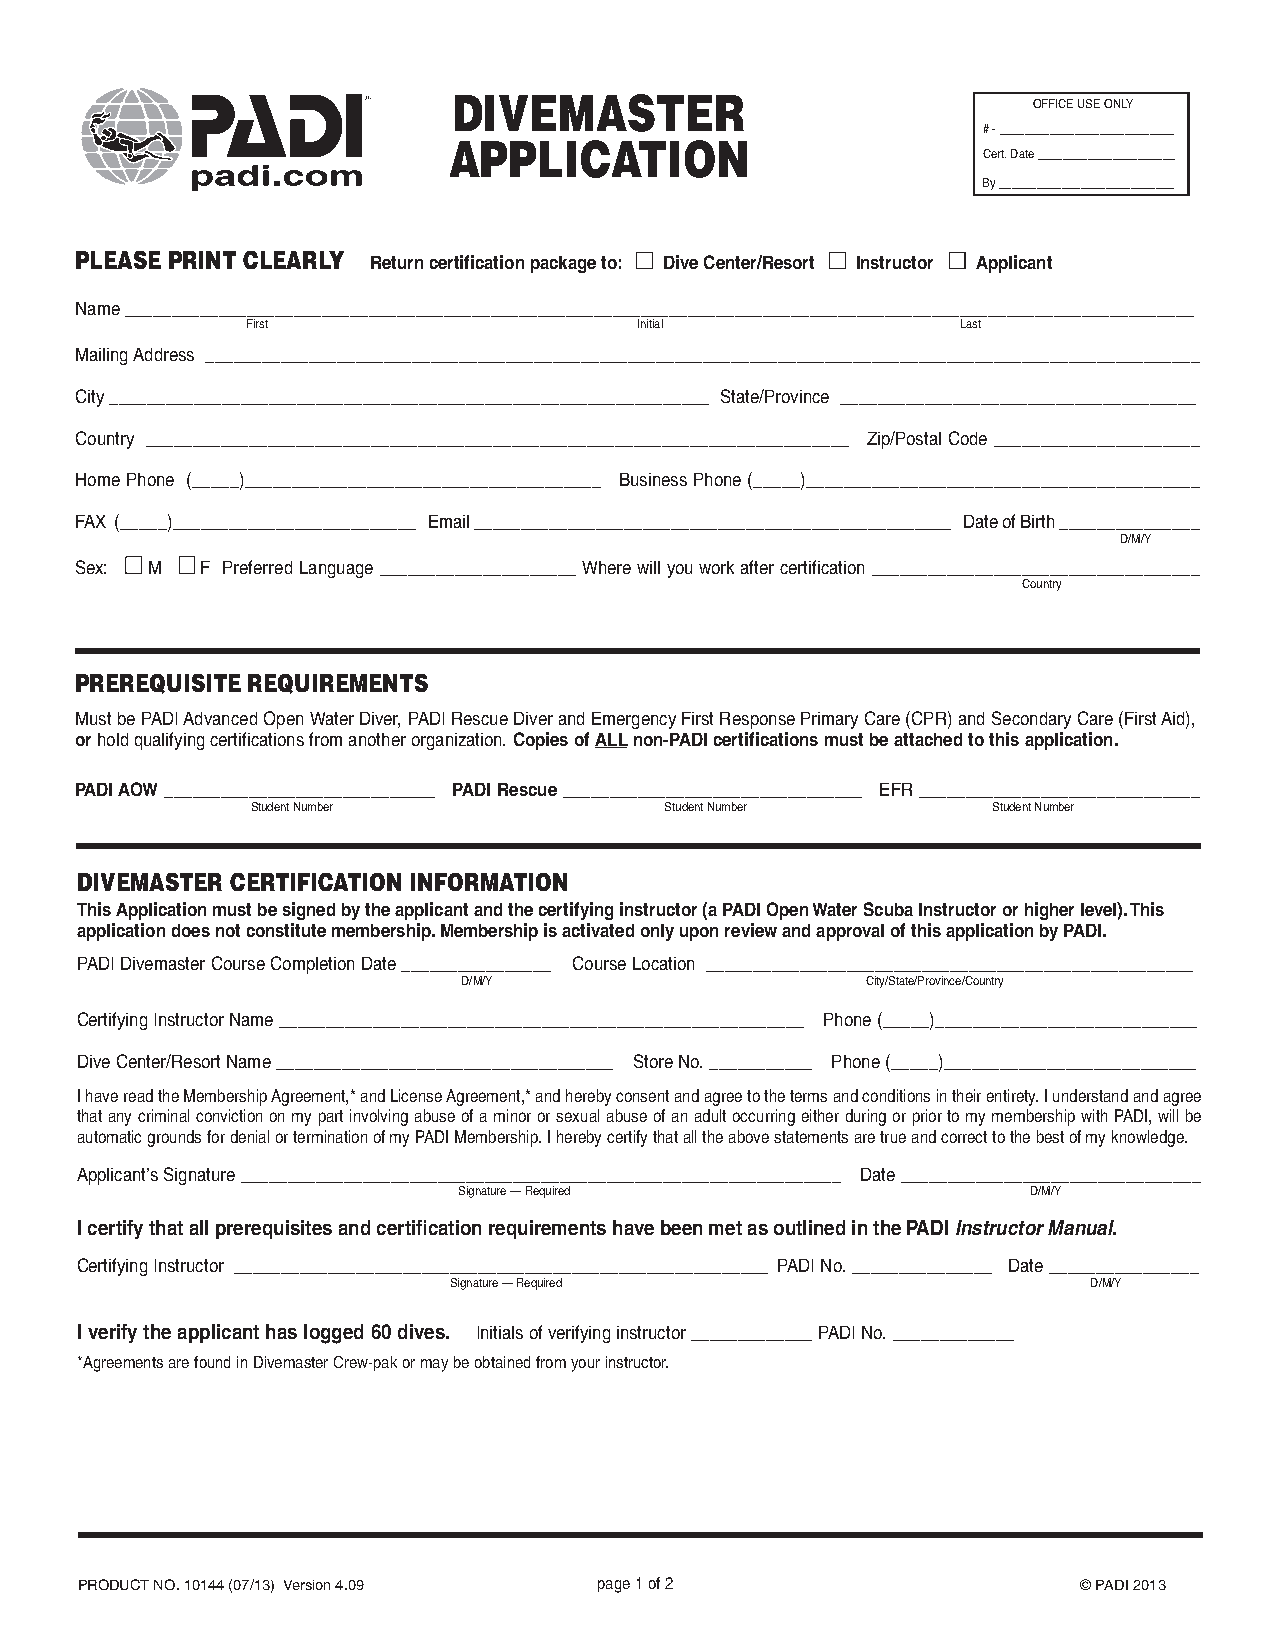
DIVEMASTER                            OFFICE USE ONLY
 # - ____________________________
 APPLICATION
 Cert. Date ______________________
 By ____________________________
 PLEASE PRINT CLEARLY Return certification package to: Dive Center/Resort Instructor Applicant
 Name __________________________________________________________________________________________________________________
 First                     Initial               Last
 Mailing Address __________________________________________________________________________________________________________
 City ________________________________________________________________ State/Province ______________________________________
 Country ___________________________________________________________________________ Zip/Postal Code ______________________
 Home Phone (_____)______________________________________ Business Phone (_____)__________________________________________
 FAX (_____)__________________________ Email ___________________________________________________ Date of Birth _______________
 D/M/Y
 Sex: M  F Preferred Language _____________________ Where will you work after certification ___________________________________
 Country
 PREREQUISITE REQUIREMENTS
 Must be PADI Advanced Open Water Diver, PADI Rescue Diver and Emergency First Response Primary Care (CPR) and Secondary Care (First Aid),
 or hold qualifying certifications from another organization. Copies of ALL non-PADI certifications must be attached to this application.
 PADI AOW _____________________________ PADI Rescue ________________________________ EFR ______________________________
 Student Number             Student Number        Student Number
 DIVEMASTER CERTIFICATION INFORMATION
 This Application must be signed by the applicant and the certifying instructor (a PADI Open Water Scuba Instructor or higher level). This
 application does not constitute membership. Membership is activated only upon review and approval of this application by PADI.
 PADI Divemaster Course Completion Date ________________ Course Location ____________________________________________________
 D/M/Y                     City/State/Province/Country
 Certifying Instructor Name ________________________________________________________ Phone (_____)____________________________
 Dive Center/Resort Name ____________________________________ Store No. ___________ Phone (_____)___________________________
 I have read the Membership Agreement,* and License Agreement,* and hereby consent and agree to the terms and conditions in their entirety. I understand and agree
 that any criminal conviction on my part involving abuse of a minor or sexual abuse of an adult occurring either during or prior to my membership with PADI, will be
 automatic grounds for denial or termination of my PADI Membership. I hereby certify that all the above statements are true and correct to the best of my knowledge.
 Applicant’s Signature ________________________________________________________________ Date ________________________________
 Signature — Required                  D/M/Y
 I certify that all prerequisites and certification requirements have been met as outlined in the PADI Instructor Manual.
 Certifying Instructor _________________________________________________________ PADI No. _______________ Date ________________
 Signature — Required                      D/M/Y
 I verify the applicant has logged 60 dives. Initials of verifying instructor _____________ PADI No. _____________
 *Agreements are found in Divemaster Crew-pak or may be obtained from your instructor.
 PRODUCT NO. 10144 (07/13) Version 4.09 p a g e 1 o f 2             © PADI 2013